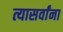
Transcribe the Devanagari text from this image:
त्यासर्वांना